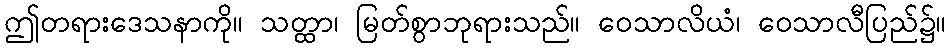
ဤတရားဒေသနာကို။ သတ္ထာ၊ မြတ်စွာဘုရားသည်။ ဝေသာလိယံ၊ ဝေသာလီပြည်၌။